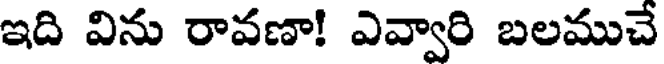
ఇది విను రావణా! ఎవ్వారి బలముచే